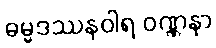
ဓမ္မဒဿနဝါရ ဝဏ္ဏနာ